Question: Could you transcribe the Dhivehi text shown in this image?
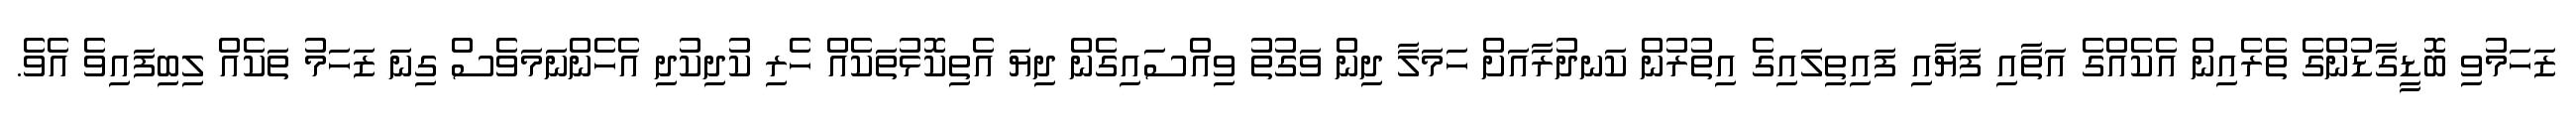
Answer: ޒަހަމުވި ބޮޑީގާޑުންގެ ތެރެއިން އެކެއްގެ އަތާއި ފަޔާއި ފައިތިލައިގެ އިތުރުން ކަނދުރާއަށް ހަމަލާ ދިން ވަގުތު ވިއްސައިގެން ދިޔަ އެތިކޮޅުތަކެއް ހެރި ކުދިކުދި އެހެންނަމަވެސް ގިނަ ޒަހަމު ތަކެއް ލިބިފައިވެ އެވެ.